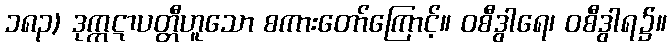
၁၈၃) ဒုက္ကဋာပတ္တီဟူသော စကားတော်ကြောင့်။ ဝစီဒွါရေ၊ ဝစီဒွါရ၌။